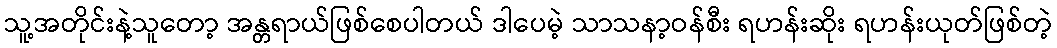
သူ့အတိုင်းနဲ့သူတော့ အန္တရာယ်ဖြစ်စေပါတယ် ဒါပေမဲ့ သာသနာ့ဝန်စီး ရဟန်းဆိုး ရဟန်းယုတ်ဖြစ်တဲ့